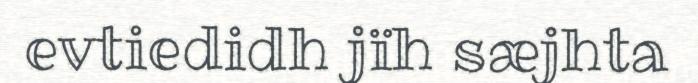
evtiedidh jïh sæjhta